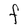
Character: F